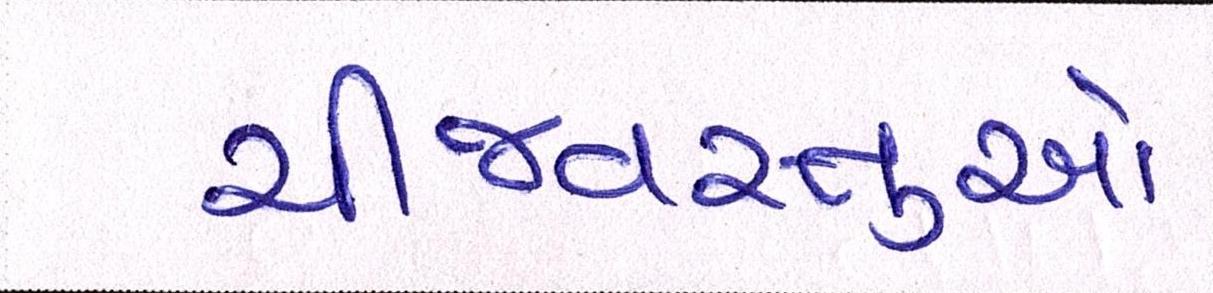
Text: ચીજવસ્તુઓ